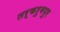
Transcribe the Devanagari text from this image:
तर्करुबपुर